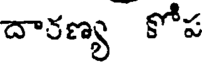
దారణ్య కోప